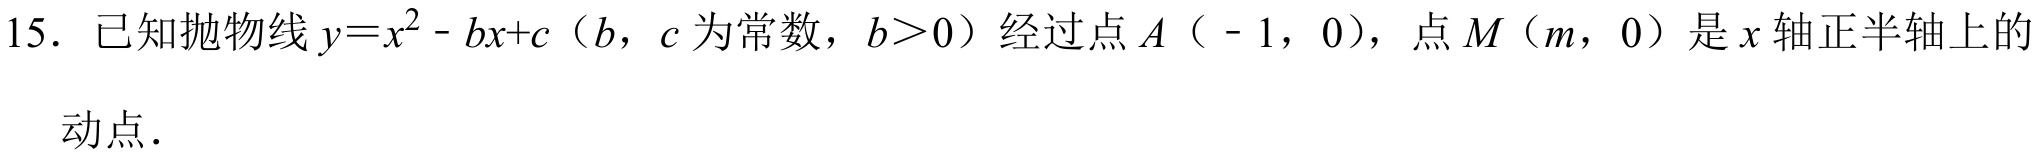
15. 已知抛物线 \(y = x^{2}-bx + c\)（\(b\)，\(c\) 为常数，\(b>0\)）经过点 \(A\)（\(-1\)，\(0\)），点 \(M\)（\(m\)，\(0\)）是 \(x\) 轴正半轴上的动点．